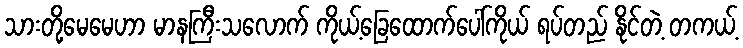
သားတို့မေမေဟာ မာနကြီးသလောက် ကိုယ့်ခြေထောက်ပေါ်ကိုယ် ရပ်တည် နိုင်တဲ့ တကယ့်